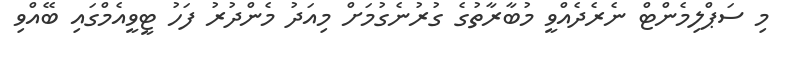
މި ސަޕްލިމެންޓް ނެރެދެއްވީ މުބާރާތުގެ ގުރުނެގުމަށް މިއަދު މެންދުރު ފަހު ޓީވީއެމްގައި ބޭއްވި